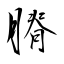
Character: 膌